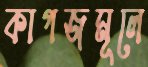
কাগজমূলে